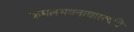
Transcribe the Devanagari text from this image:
कमलभवनाद्यास्त्वयि